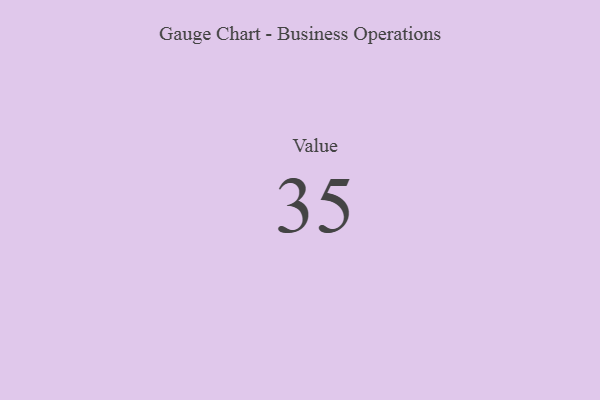
{"axis": {"x": "Metric", "y": "Value"}, "legend": [""], "data": [{"x": "Value", "y": 35, "type": ""}]}